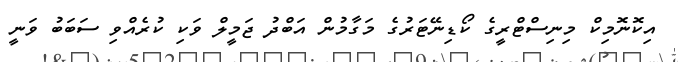
އިކޮނޮމިކް މިނިސްޓްރީގެ ކޯޑިނޭޓަރުގެ މަގާމުން އަބްދު ޖަމީލް ވަކި ކުރެއްވި ސަބަބު ވަނީ